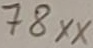
Text: 78xx